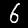
Digit: 6